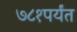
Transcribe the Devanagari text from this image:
७८१पर्यंत